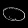
Digit: ၀